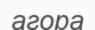
агора